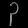
Digit: ၃